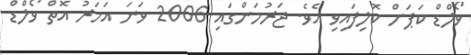
ވޯލްޑް ކަޕަށް ކޮލިފައިވި އެވެ. ޖަރުމަންގައި 2006 ވަނަ އަހަރު އޮތް ވޯލްޑް